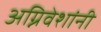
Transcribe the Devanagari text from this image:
अग्निवेशांनी